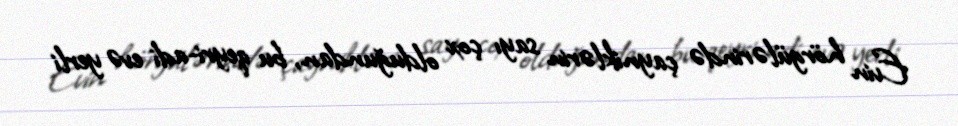
Evin hörgülərində çayniklərin sayı çox olduğundan, bu qeyri-adi evə yerli